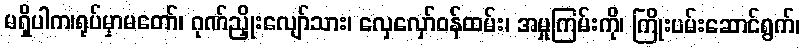
မရှိပါက၊ရုပ်မှာမတော်၊ ဂုဏ်ညှိုးလျော်သား၊ လှေလှော်ဝန်ထမ်း၊ အမှုကြမ်းကို၊ ကြိုးပမ်းဆောင်ရွက်၊